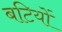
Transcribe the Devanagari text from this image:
बटियों